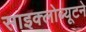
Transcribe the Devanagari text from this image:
साइक्लोब्यूटने